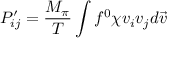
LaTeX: P _ { i j } ^ { \prime } = \frac { M _ { \pi } } { T } \int f ^ { 0 } \chi v _ { i } v _ { j } d \vec { v }